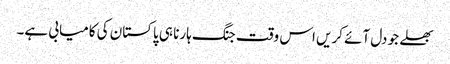
بھلے جو دل آئے کریں اس وقت جنگ ہارنا ہی پاکستان کی کامیابی ہے۔